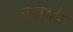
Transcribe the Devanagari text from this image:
जलशांत